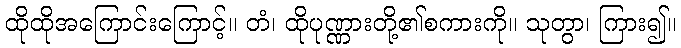
ထိုထိုအကြောင်းကြောင့်။ တံ၊ ထိုပုဏ္ဏားတို့၏စကားကို။ သုတွာ၊ ကြား၍။